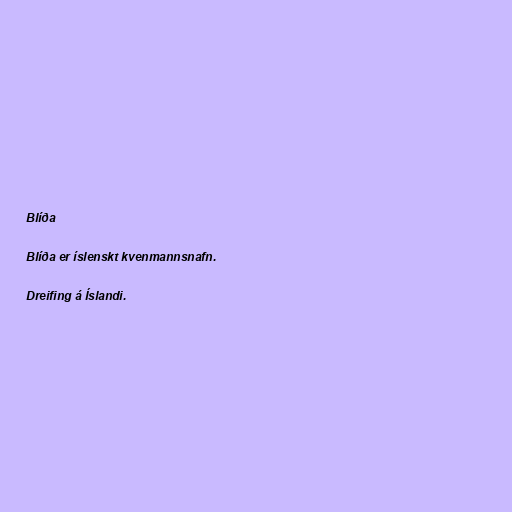
Blíða

Blíða er íslenskt kvenmannsnafn.

Dreifing á Íslandi.